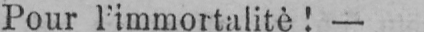
Pour l’immortalité! -